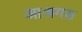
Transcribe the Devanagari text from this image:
आअगरा